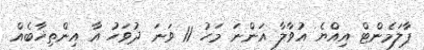
ޕާލަމެންޓް އިއްޔެ އުވާލާ އަންނަ މަހު 11 ވަނަ ދުވަހު އާ އިންތިޚާބެއް